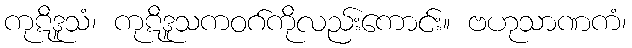
ကုဋိဒူသံ၊ ကုဋိဒူသကဝဂ်ကိုလည်းကောင်း။ ဗဟုသာဏကံ၊